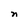
Character: n